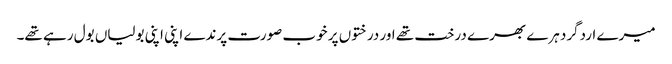
میرے اردگرد ہرے بھرے درخت تھے اور درختوں پر خوب صورت پرندے اپنی اپنی بولیاں بول رہے تھے۔